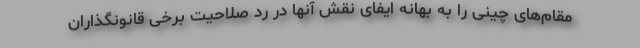
مقام‌های چینی را به بهانه ایفای نقش آنها در رد صلاحیت برخی قانونگذاران